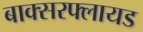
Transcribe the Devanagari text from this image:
बाक्सरफ्लायड